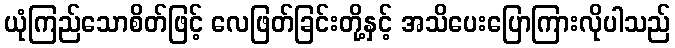
ယုံကြည်သောစိတ်ဖြင့် လေဖြတ်ခြင်းတို့နှင့် အသိပေးပြောကြားလိုပါသည်